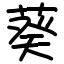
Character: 葵